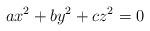
LaTeX: \begin{align*}ax^2 + b y^2 + c z^2 = 0\end{align*}